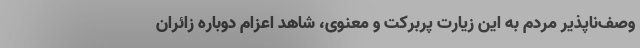
وصف‌ناپذیر مردم به این زیارت پربرکت و معنوی، شاهد اعزام دوباره زائران